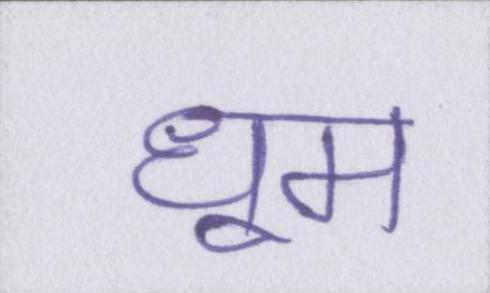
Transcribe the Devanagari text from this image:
धूम